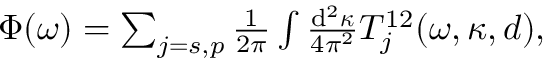
\begin{array} { r } { \Phi ( \omega ) = \sum _ { j = s , p } \frac { 1 } { 2 \pi } \int \frac { \mathrm { d } ^ { 2 } \boldsymbol { \kappa } } { 4 \pi ^ { 2 } } T _ { j } ^ { 1 2 } ( \omega , \kappa , d ) , } \end{array}